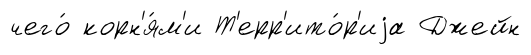
чего́ корн'я́м'и Т'ерр'ито́р'иjа Джейн